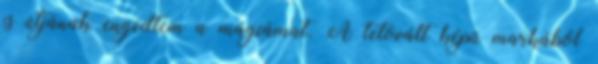
is útjának engedtem a mágiámat. A tetovált képű markából